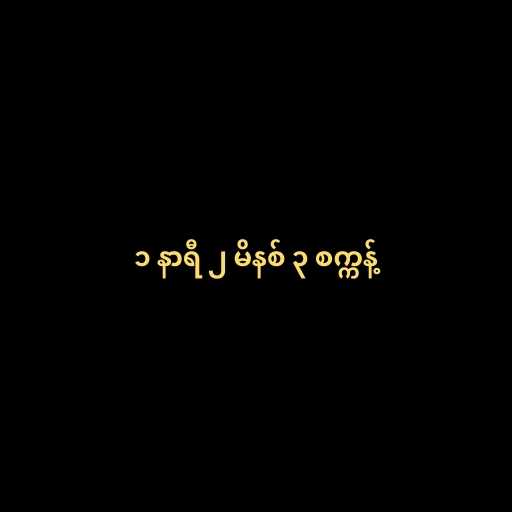
၁ နာရီ ၂ မိနစ် ၃ စက္ကန့်